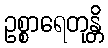
ဥစ္စာရေတုန္တိ